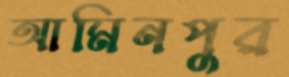
আমিনপুর